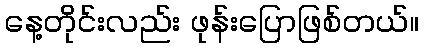
နေ့တိုင်းလည်း ဖုန်းပြောဖြစ်တယ်။